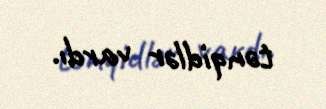
tənqidlər vardı.